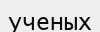
ученых